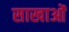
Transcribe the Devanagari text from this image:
साखाओं